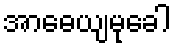
အာဓေယျမုခေါ